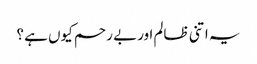
یہ اتنی ظالم اور بے رحم کیوں ہے ؟